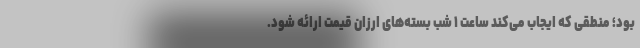
بود؛ منطقی که ایجاب می‌کند ساعت ۱ شب بسته‌های ارزان قیمت ارائه شود.